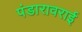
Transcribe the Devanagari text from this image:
पंडारावराई